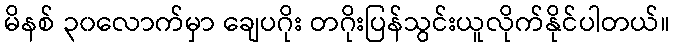
မိနစ် ၃၀လောက်မှာ ချေပဂိုး တဂိုးပြန်သွင်းယူလိုက်နိုင်ပါတယ်။